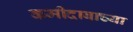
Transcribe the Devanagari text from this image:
कमीदाबाच्या